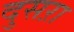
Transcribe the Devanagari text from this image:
दुसऱा